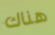
هناك